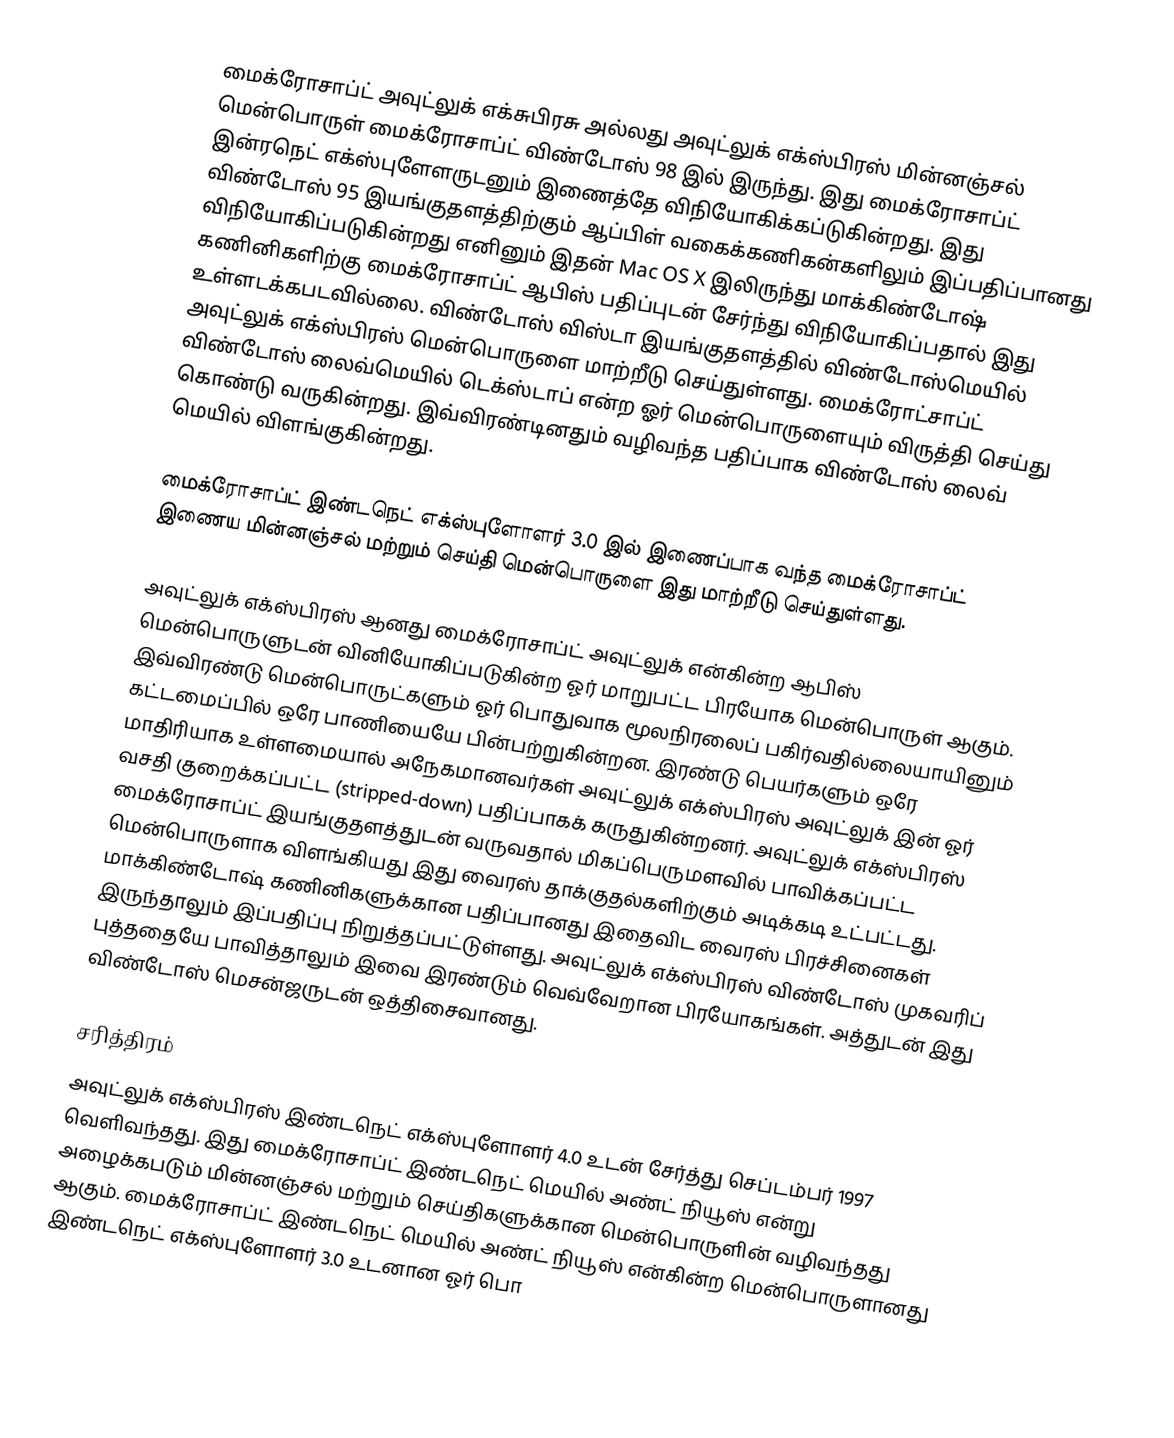
மைக்ரோசாப்ட் அவுட்லுக் எக்சுபிரசு அல்லது அவுட்லுக் எக்ஸ்பிரஸ் மின்னஞ்சல் மென்பொருள் மைக்ரோசாப்ட் விண்டோஸ் 98 இல் இருந்து. இது மைக்ரோசாப்ட் இன்ரநெட் எக்ஸ்புளேளருடனும் இணைத்தே விநியோகிக்கப்டுகின்றது. இது விண்டோஸ் 95 இயங்குதளத்திற்கும் ஆப்பிள் வகைக்கணிகன்களிலும் இப்பதிப்பானது விநியோகிப்படுகின்றது எனினும் இதன் Mac OS X இலிருந்து மாக்கிண்டோஷ் கணினிகளிற்கு மைக்ரோசாப்ட் ஆபிஸ் பதிப்புடன் சேர்ந்து விநியோகிப்பதால் இது உள்ளடக்கபடவில்லை. விண்டோஸ் விஸ்டா இயங்குதளத்தில் விண்டோஸ்மெயில் அவுட்லுக் எக்ஸ்பிரஸ் மென்பொருளை மாற்றீடு செய்துள்ளது. மைக்ரோட்சாப்ட் விண்டோஸ் லைவ்மெயில் டெக்ஸ்டாப் என்ற ஓர் மென்பொருளையும் விருத்தி செய்து கொண்டு வருகின்றது. இவ்விரண்டினதும் வழிவந்த பதிப்பாக விண்டோஸ் லைவ் மெயில் விளங்குகின்றது.

மைக்ரோசாப்ட் இண்டநெட் எக்ஸ்புளோளர் 3.0 இல் இணைப்பாக வந்த மைக்ரோசாப்ட் இணைய மின்னஞ்சல் மற்றும் செய்தி மென்பொருளை இது மாற்றீடு செய்துள்ளது.

அவுட்லுக் எக்ஸ்பிரஸ் ஆனது மைக்ரோசாப்ட் அவுட்லுக் என்கின்ற ஆபிஸ் மென்பொருளுடன் வினியோகிப்படுகின்ற ஓர் மாறுபட்ட பிரயோக மென்பொருள் ஆகும். இவ்விரண்டு மென்பொருட்களும் ஓர் பொதுவாக மூலநிரலைப் பகிர்வதில்லையாயினும் கட்டமைப்பில் ஒரே பாணியையே பின்பற்றுகின்றன. இரண்டு பெயர்களும் ஒரே மாதிரியாக உள்ளமையால் அநேகமானவர்கள் அவுட்லுக் எக்ஸ்பிரஸ் அவுட்லுக் இன் ஓர் வசதி குறைக்கப்பட்ட (stripped-down) பதிப்பாகக் கருதுகின்றனர். அவுட்லுக் எக்ஸ்பிரஸ் மைக்ரோசாப்ட் இயங்குதளத்துடன் வருவதால் மிகப்பெருமளவில் பாவிக்கப்பட்ட மென்பொருளாக விளங்கியது இது வைரஸ் தாக்குதல்களிற்கும் அடிக்கடி உட்பட்டது. மாக்கிண்டோஷ் கணினிகளுக்கான பதிப்பானது இதைவிட வைரஸ் பிரச்சினைகள் இருந்தாலும்  இப்பதிப்பு நிறுத்தப்பட்டுள்ளது. அவுட்லுக் எக்ஸ்பிரஸ் விண்டோஸ் முகவரிப் புத்ததையே பாவித்தாலும் இவை இரண்டும் வெவ்வேறான பிரயோகங்கள். அத்துடன் இது விண்டோஸ் மெசன்ஜருடன் ஒத்திசைவானது.

சரித்திரம்
அவுட்லுக் எக்ஸ்பிரஸ் இண்டநெட் எக்ஸ்புளோளர் 4.0 உடன் சேர்த்து செப்டம்பர் 1997 வெளிவந்தது. இது மைக்ரோசாப்ட் இண்டநெட் மெயில் அண்ட் நியூஸ் என்று அழைக்கபடும் மின்னஞ்சல் மற்றும் செய்திகளுக்கான மென்பொருளின் வழிவந்தது ஆகும். மைக்ரோசாப்ட் இண்டநெட் மெயில் அண்ட் நியூஸ் என்கின்ற மென்பொருளானது இண்டநெட் எக்ஸ்புளோளர் 3.0 உடனான ஓர் பொ